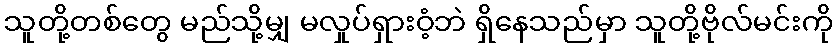
သူတို့တစ်တွေ မည်သို့မျှ မလှုပ်ရှားဝံ့ဘဲ ရှိနေသည်မှာ သူတို့ဗိုလ်မင်းကို